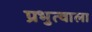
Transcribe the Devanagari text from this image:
प्रभुत्वाला